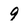
Character: 9